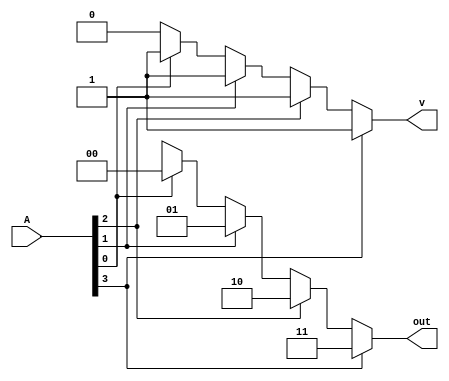
`timescale 1ns / 1ps
//////////////////////////////////////////////////////////////////////////////////
// Company: 
// Engineer: 
// 
// Design Name: 
// Module Name: PEFor
// Project Name: 
// Target Devices: 
// Tool Versions: 
// Description: 
// 
// Dependencies: 
// 
// Revision:
// Revision 0.01 - File Created
// Additional Comments:
// 
//////////////////////////////////////////////////////////////////////////////////


module PEFor( 
    input [4:0]A,
    output reg v,
    output reg [1:0]out
    );
    
    integer i;
    always @(A)
    begin
        out = 2'bxx;
        v = 0;
        for(i = 0;i<4; i=i+1)
        if(A[i])
        begin
        out = i;
        v = 1;
        end
    end
endmodule